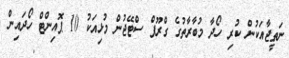
ނަތީޖާއަކުން ކުރި ހޯދާ މުބާރާތުގެ ގްރޫޕް ސްޓޭޖުން މުޅިއަކު 10 ޕޮއިންޓް ހޯދައިން